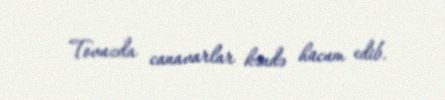
Tovuzda canavarlar kəndə hücum edib.